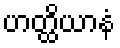
ဟတ္ထိယာနံ